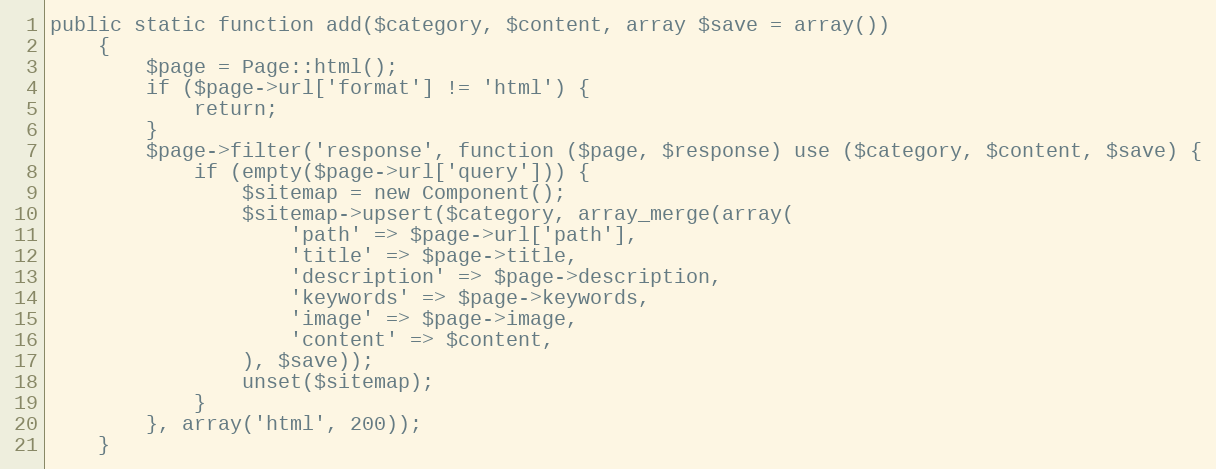
Language: PHP
public static function add($category, $content, array $save = array())
    {
        $page = Page::html();
        if ($page->url['format'] != 'html') {
            return;
        }
        $page->filter('response', function ($page, $response) use ($category, $content, $save) {
            if (empty($page->url['query'])) {
                $sitemap = new Component();
                $sitemap->upsert($category, array_merge(array(
                    'path' => $page->url['path'],
                    'title' => $page->title,
                    'description' => $page->description,
                    'keywords' => $page->keywords,
                    'image' => $page->image,
                    'content' => $content,
                ), $save));
                unset($sitemap);
            }
        }, array('html', 200));
    }